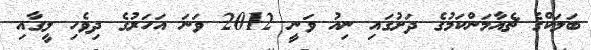
ބަލަކްގެ ޗެއާމަންކަމުގެ ދަށުގައި ނިއު ވަނީ 2012 ވަނަ އަހަރުގެ ދިވެހި ލީގާއި